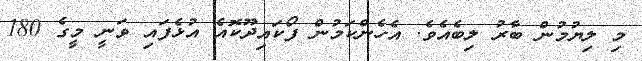
މި ލިޔުމުން ބާރު ލިބެއެވެ. އެހެންކަމުން ފޯކައިދޫކޮއެ އުޅެފައި ވަނީ މީގެ 180